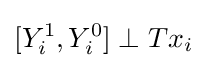
[Y_{i}^{1},Y_{i}^{0}]\perp Tx_{i}